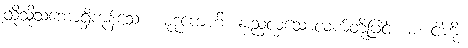
ထိုသို့သဘောရှိကုန်သော။ မုဒုကေဟိ၊ နူးညံ့လှသောလက်တို့ဖြင့်။ မံ၊ ငါကို။